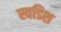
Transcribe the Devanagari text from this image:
स्वडिश